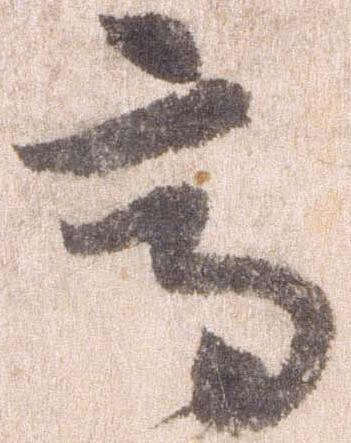
高